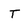
Character: T